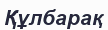
Құлбарақ